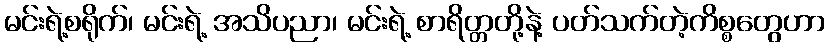
မင်းရဲ့စရိုက်၊ မင်းရဲ့ အသိပညာ၊ မင်းရဲ့ စာရိတ္တတို့နဲ့ ပတ်သက်တဲ့ကိစ္စတွေဟာ